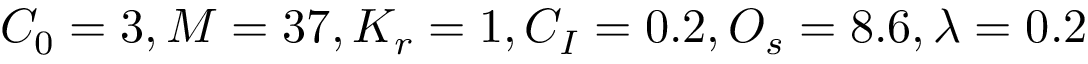
C _ { 0 } = 3 , M = 3 7 , K _ { r } = 1 , C _ { I } = 0 . 2 , O _ { s } = 8 . 6 , \lambda = 0 . 2